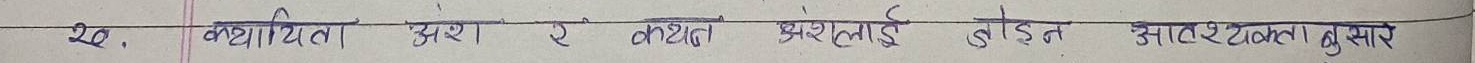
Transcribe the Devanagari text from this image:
२०. कथायिता अंश २ कथित अंशलाई जोडिन आवश्यकतानुसार